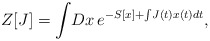
\begin{align*}Z[J]=\int\!Dx\,e^{-S[x]+\int\!J(t)x(t)dt},\end{align*}